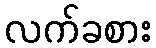
လက်ခစား